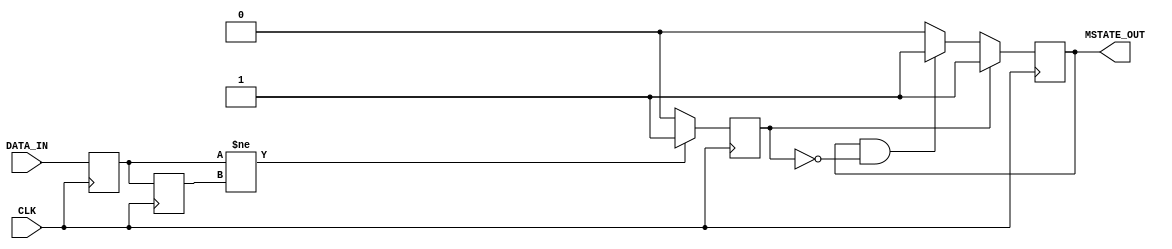
module metastability_detector (
    input wire DATA_IN,      // Asynchronous input signal
    input wire CLK,          // Synchronous clock
    output reg MSTATE_OUT    // Metastability state output
);

    // Intermediate signals
    reg FF1_Q;              // Output of first flip-flop
    reg FF2_Q;              // Output of second flip-flop
    reg pulse;              // Pulse signal for metastability detection

    // Parameters for pulse width configuration
    parameter PULSE_WIDTH = 2; // Adjust this value based on requirements

    // Flip-flop behavior
    always @(posedge CLK) begin
        FF1_Q <= DATA_IN;    // Sample DATA_IN with FF1
        FF2_Q <= FF1_Q;      // Sample FF1 output with FF2
    end

    // Pulse generation logic
    always @(posedge CLK) begin
        if (FF1_Q != FF2_Q) begin
            pulse <= 1'b1;    // Pulse when FF1_Q and FF2_Q differ
        end else begin
            pulse <= 1'b0;    // No pulse when they are the same
        end
    end

    // Metastability output indication logic
    always @(posedge CLK) begin
        if (pulse) begin
            MSTATE_OUT <= 1'b1; // Set output high when pulse is detected
        end else if (MSTATE_OUT && !pulse) begin
            // Pulse duration to ensure it's wider than metastability window
            MSTATE_OUT <= 1'b1; // Keep output high for PULSE_WIDTH cycles
        end else begin
            MSTATE_OUT <= 1'b0; // Reset output if no pulse
        end
    end

endmodule